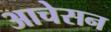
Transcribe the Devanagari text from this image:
आचेसन